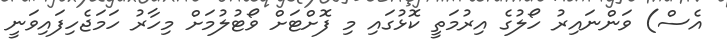
އެސް) ވަންނައިރު ހޯލުގެ އިރުމަތީ ކޮޅުގައި މި ފޮށްޓަށް ވޯޓުލުމަށް މިހާރު ހަމަޖެހިފައިވަނީ